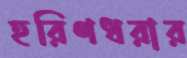
হরিণধরার